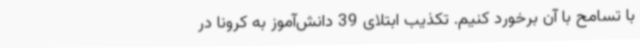
با تسامح با آن برخورد کنیم. تکذیب ابتلای 39 دانش‌آموز به کرونا در